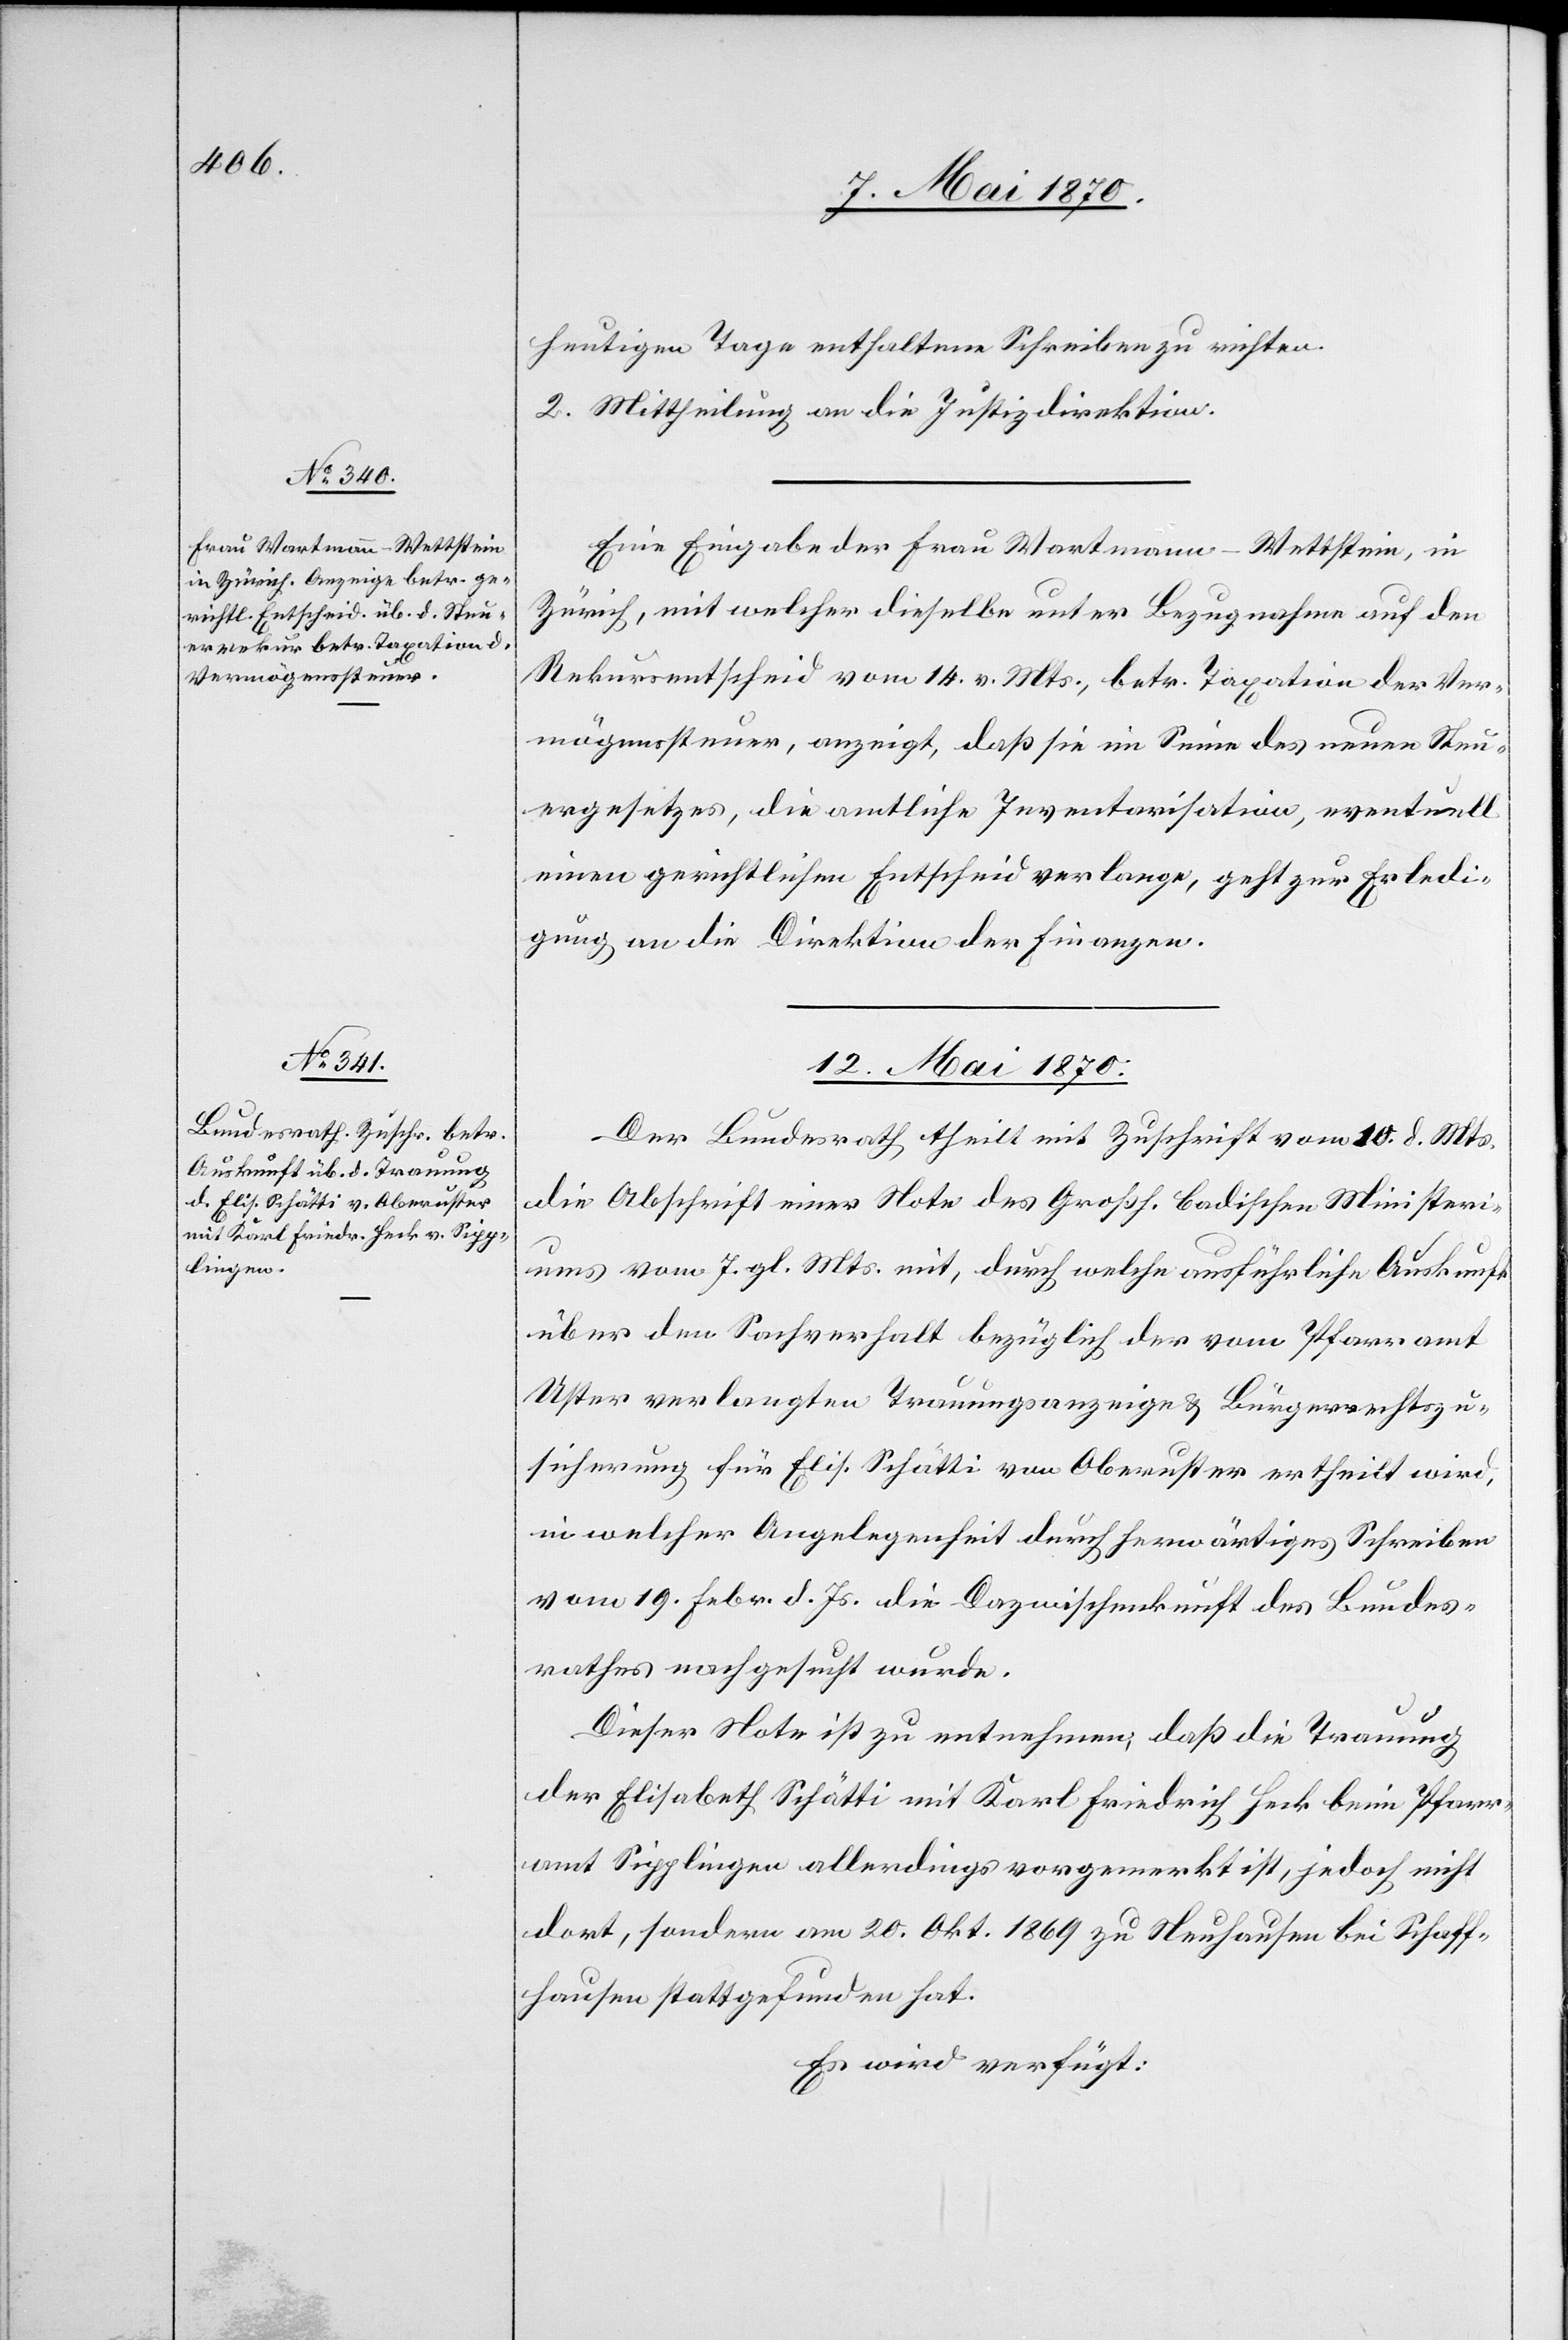
heutigen Tage enthaltene Schreiben zu richten.
2. Mittheilung an die Justizdirektion.
Eine Eingabe der Frau Wartmann-Wettstein, in
Zürich, mit welcher dieselbe unter Bezugnahme auf den
Rekursentscheid vom 14. v. Mts., betr. Taxation der Ver¬
mögenssteuer, anzeigt, daß sie im Sinne des neuen Steu¬
ergesetzes, die amtliche Inventarisation, eventuell
einen gerichtlichen Entscheid verlange, geht zur Erledi¬
gung an die Direktion der Finanzen.
12. Mai 1870.
Der Bundesrath theilt mit Zuschrift vom 10. d. Mts.
die Abschrift einer Note des Großh. badischen Ministeri¬
ums vom 7. gl. Mts. mit, durch welche ausführliche Auskunft
über den Sachverhalt bezüglich der vom Pfarramt
Uster verlangten Trauungsanzeige & Bürgerrechtszu¬
sicherung für Elis. Schätti von Oberuster ertheilt wird,
in welcher Angelegenheit durch herwärtiges Schreiben
vom 19. Febr. d. Js. die Dazwischenkunft des Bundes¬
rathes nachgesucht wurde.
Dieser Note ist zu entnehmen, daß die Trauung
der Elisabeth Schätti mit Karl Friedrich Heck beim Pfarr¬
amt Sipplingen allerdings vorgemerkt ist, jedoch nicht
dort, sondern am 20. Okt. 1869 zu Neuhausen bei Schaff¬
hausen stattgefunden hat.
Es wird verfügt: